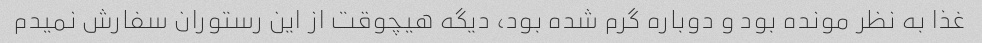
غذا به نظر مونده بود و دوباره گرم شده بود، دیگه هیچوقت از این رستوران سفارش نمیدم